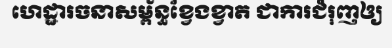
ហេដ្ឋារចនាសម្ព័ន្ធខ្វែងខ្វាត ជាការជំរុញឲ្យ